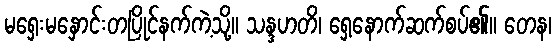
မရှေးမနှောင်းတပြိုင်နက်ကဲ့သို့။ သန္ဒဟတိ၊ ရှေ့နောက်ဆက်စပ်၏။ တေန၊